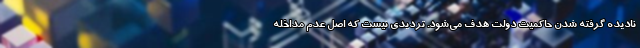
نادیده گرفته شدن حاکمیت دولت هدف می‌شود. تردیدی نیست که اصل عدم مداخله